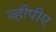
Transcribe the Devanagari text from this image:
व्हीपीए